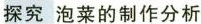
探究泡菜的制作分析